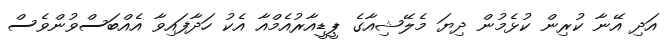
އަދި އޭނާ ކުރިން ކުޅެމުން ދިޔަ މެލޭޝިއާގެ ޕީޑީއާރުއެމްއާ އެކު ހަދާފައިވާ އެއްބަސްވުންވެސް